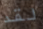
لقد